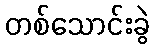
တစ်သောင်းခွဲ